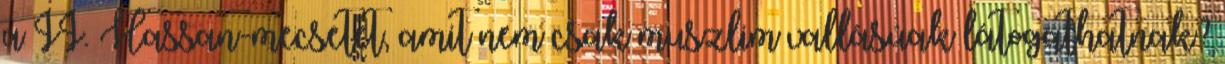
a II. Hassan-mecsetet, amit nem csak muszlim vallásúak látogathatnak?